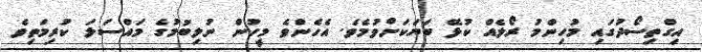
އިގްތިސޯދުގައި މުހިންމު ރޯލެއް ކުޅޭ ބަޔަކަށްވުމެވެ. އެހެންވެ މީހުން ނުލިބުމުގެ މައްސަލަ ކުރިމަތިވެ